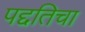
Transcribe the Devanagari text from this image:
पद्दतिचा